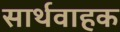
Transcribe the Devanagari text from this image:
सार्थवाहक